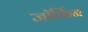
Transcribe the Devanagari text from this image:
जॉर्किन